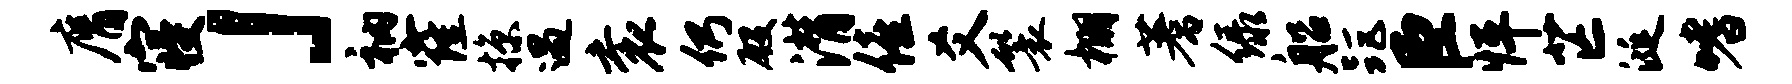
膺寝」衲窿掠遇衮仍殷潸僖爻鬟棚蓍绿船距臣怦芒涎嗜